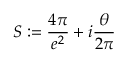
S : = \frac { 4 \pi } { e ^ { 2 } } + i \frac { \theta } { 2 \pi }